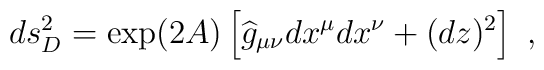
ds_D^2=\exp(2A)\left[{\widehat g}_{\mu\nu} dx^\mu dx^\nu +(dz)^2\right]~,